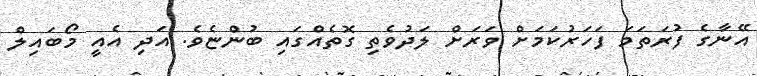
އޭނާގެ ފުރަތަމަ ފަހަރުކަމަށް ވަރަށް ލަދުވެތި ގޮތެއްގައި ބުންޏެވެ. އަދި އެއީ މޯބައިލް